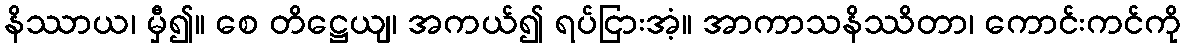
နိဿာယ၊ မှီ၍။ စေ တိဋ္ဌေယျ၊ အကယ်၍ ရပ်ငြားအံ့။ အာကာသနိဿိတာ၊ ကောင်းကင်ကို